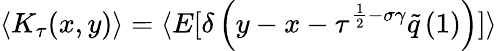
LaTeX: \langle K_{\tau}(x,y)\rangle=\langle E[\delta\left(y-x-\tau^{\frac{1}{2}-\sigma\gamma}\tilde{q}\left(1\right)\right)]\rangle